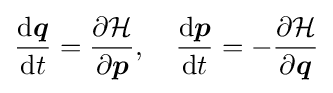
{\frac {\mathrm {d} {\boldsymbol {q}}}{\mathrm {d} t}}={\frac {\partial {\mathcal {H}}}{\partial {\boldsymbol {p}}}},\quad {\frac {\mathrm {d} {\boldsymbol {p}}}{\mathrm {d} t}}=-{\frac {\partial {\mathcal {H}}}{\partial {\boldsymbol {q}}}}